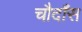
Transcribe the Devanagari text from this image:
चौदाँस